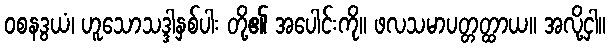
ဝစနဒွယံ၊ ဟူသောသဒ္ဒါနှစ်ပါး တို့၏ အပေါင်းကို။ ဖလသမာပတ္တတ္ထာယ။ အလို့ငှါ။